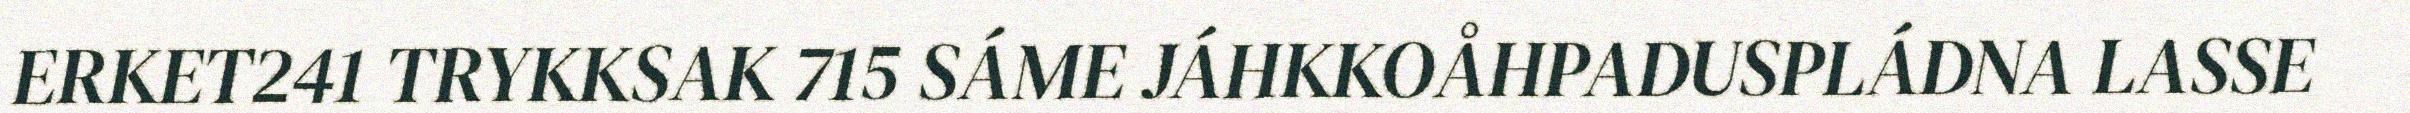
ERKET241 TRYKKSAK 715 SÁME JÁHKKOÅHPADUSPLÁDNA LASSE